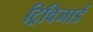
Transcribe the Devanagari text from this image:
ट्रिविजार्ड